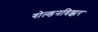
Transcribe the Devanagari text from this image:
गोल्डनविझर